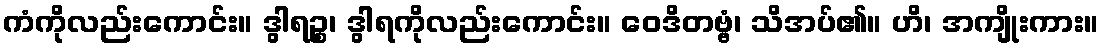
ကံကိုလည်းကောင်း။ ဒွါရဉ္စ၊ ဒွါရကိုလည်းကောင်း။ ဝေဒိတဗ္ဗံ၊ သိအပ်၏။ ဟိ၊ အကျိုးကား။